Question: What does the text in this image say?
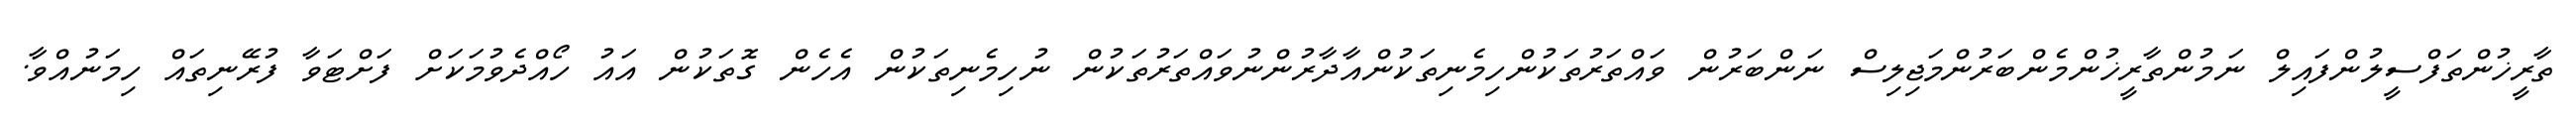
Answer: ތާރީޚުންތަފްސީލުންފައިލް ނަމުންތާރީޚުންމެންބަރުންމަޖިލިސް ނަންބަރުން ވައްތަރުތަކުންހިމެނިތަކުންއާދާރުންނުވައްތަރުތަކުން ނުހިމެނިތަކުން އެހެން ގޮތަކުން އައު ހޯއްދެވުމަކަށް ފަށްޓަވާ ފުރޭނިތައް ހިމަނުއްވާ.